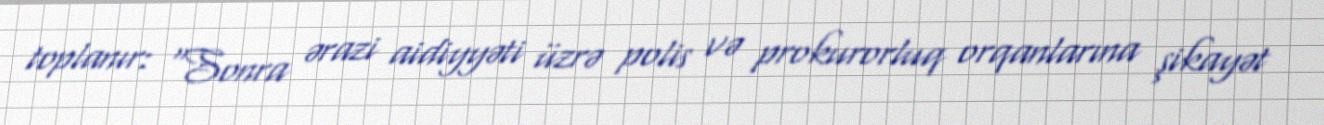
toplanır: “Sonra ərazi aidiyyəti üzrə polis və prokurorluq orqanlarına şikayət